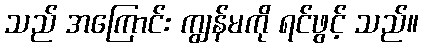
သည် အကြောင်း ကျွန်မကို ရင်ဖွင့် သည်။